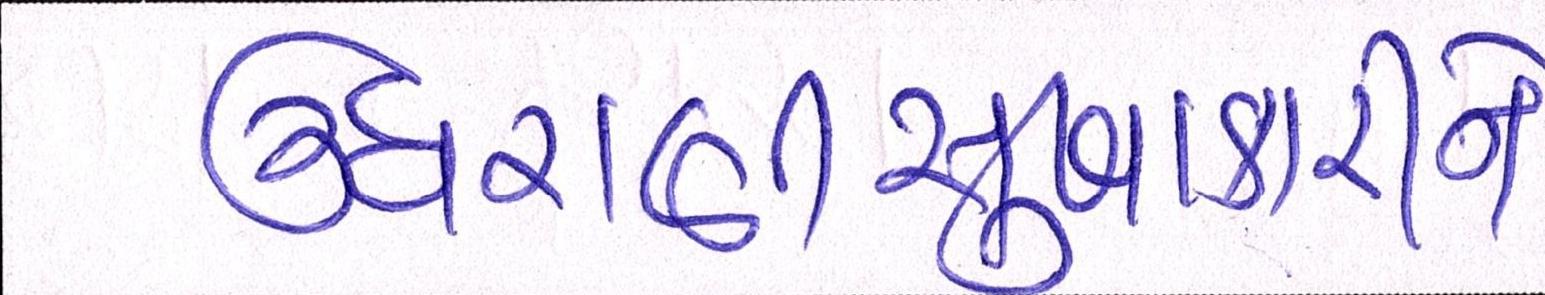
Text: ઉઘરાણીસુખાકારીને